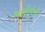
આહીરોની